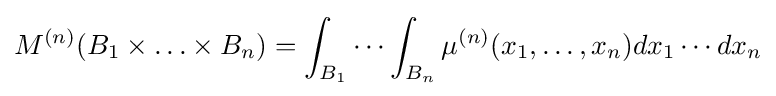
M^{(n)}(B_{1}\times \ldots \times B_{n})=\int _{B_{1}}\cdots \int _{B_{n}}\mu ^{(n)}(x_{1},\ldots ,x_{n})dx_{1}\cdots dx_{n}